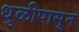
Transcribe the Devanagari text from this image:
धुळीपासून